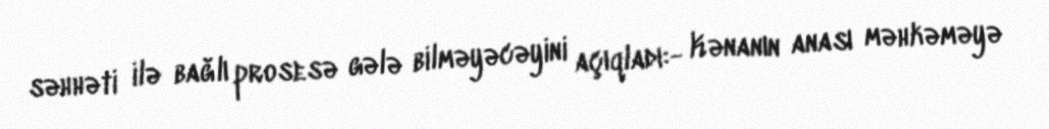
səhhəti ilə bağlı prosesə gələ bilməyəcəyini açıqladı:- Kənanın anası məhkəməyə